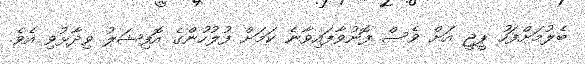
ބެލުމަށްފަހު ޕީޖީ އަށް ވެސް ފޮނުވާފައިވާނެ ކަމަށް ފުލުހުންގެ އޮފިޝަލު ވިދާޅުވި އެވެ.